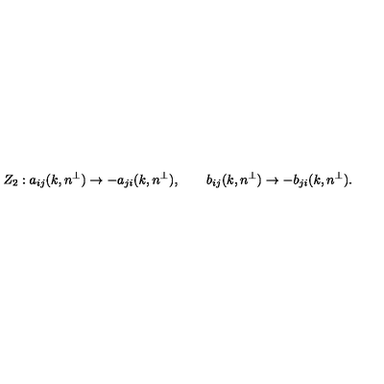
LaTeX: Z _ { 2 } : a _ { i j } ( k , n ^ { \perp } ) \rightarrow - a _ { j i } ( k , n ^ { \perp } ) , \qquad b _ { i j } ( k , n ^ { \perp } ) \rightarrow - b _ { j i } ( k , n ^ { \perp } ) .